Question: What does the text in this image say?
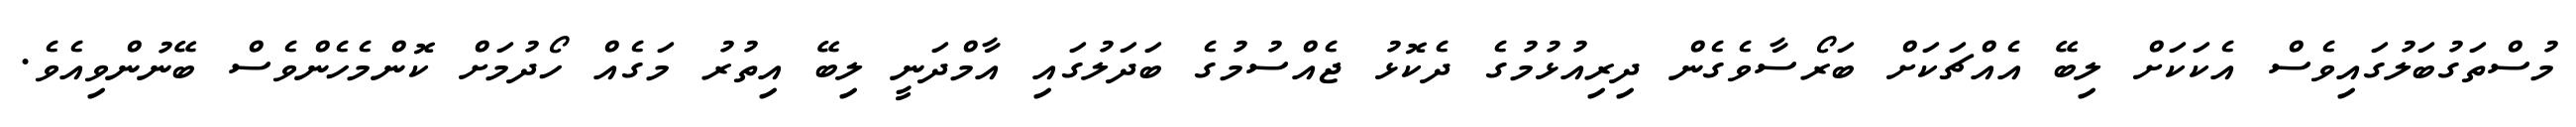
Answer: މުސްތަގުބަލުގައިވެސް އެކަކަށް ލިބޭ އެއްޗަކަށް ބަރޯސާވެގެން ދިރިއުޅުމުގެ ދެކޮޅު ޖެއްސުމުގެ ބަދަލުގައި އާމްދަނީ ލިބޭ އިތުރު މަގެއް ހޯދުމަށް ކޮންމެހެންވެސް ބޭނުންވިއެވެ.